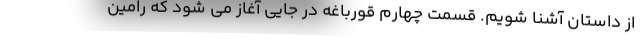
از داستان آشنا شویم. قسمت چهارم قورباغه در جایی آغاز می شود که رامین